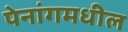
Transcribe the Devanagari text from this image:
पेनांगमधील